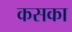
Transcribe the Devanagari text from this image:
कसका